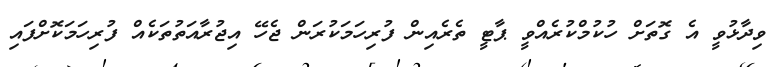
ވިދާޅުވީ އެ ގޮތަށް ހުކުމްކުރެއްވީ ޕާޓީ ތެރެއިން ފުރިހަމަކުރަން ޖެހޭ އިޖުރާއަތުތަކެއް ފުރިހަމަކޮށްފައި